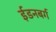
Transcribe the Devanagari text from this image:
ईडनबर्ग